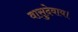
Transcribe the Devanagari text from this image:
वासुदेवाय।